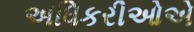
અધિકરીઓએ